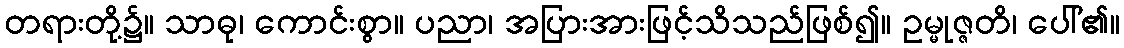
တရားတို့၌။ သာဓု၊ ကောင်းစွာ။ ပညာ၊ အပြားအားဖြင့်သိသည်ဖြစ်၍။ ဥမ္မုဇ္ဇတိ၊ ပေါ်၏။